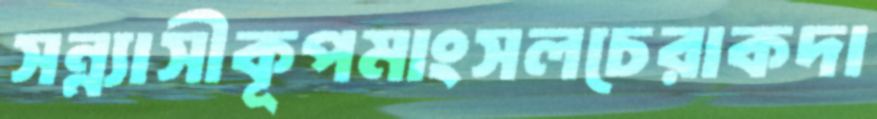
সন্ন্যাসীকূপমাংসলচেরাকদা